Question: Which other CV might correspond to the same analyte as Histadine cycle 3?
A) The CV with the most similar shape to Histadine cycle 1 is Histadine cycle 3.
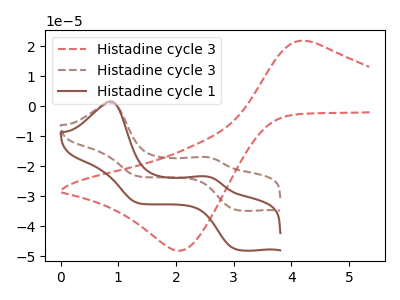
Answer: <think>The red dashed curve "Histadine cycle 3" has an anodic peak at (4.30V, 21.70uA) and a cathodic peak at (2.05V, -48.20uA). The brown dashed curve "Histadine cycle 3" has anodic peaks at (0.85V, 1.15uA) (2.50V, -16.95uA) and cathodic peaks at (3.05V, -34.50uA) (1.35V, -23.35uA). The brown curve "Histadine cycle 1" has anodic peaks at (0.85V, 1.60uA) (2.50V, -23.40uA) and cathodic peaks at (3.05V, -47.60uA) (1.35V, -32.20uA).
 "Histadine cycle 3" and "Histadine cycle 3" have a different number of peaks. "Histadine cycle 3" and "Histadine cycle 1" have a different number of peaks. All the peaks in "Histadine cycle 3" have a peak in "Histadine cycle 1" at the same potential.</think>
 <answer>A) The CV with the most similar shape to "Histadine cycle 1" is "Histadine cycle 3".</answer>
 <eval>A</eval>